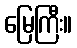
မြေကြီး။